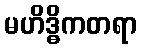
မဟိဒ္ဓိကတရာ